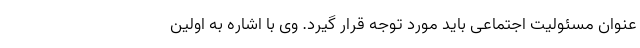
عنوان مسئولیت اجتماعی باید مورد توجه قرار گیرد. وی با اشاره به اولین